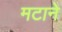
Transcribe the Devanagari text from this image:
मटाने